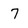
Character: 7